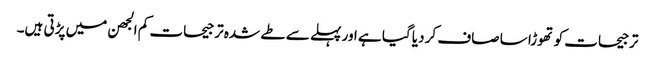
ترجیحات کو تھوڑا سا صاف کر دیا گیا ہے اور پہلے سے طے شدہ ترجیحات کم الجھن میں پڑتی ہیں۔